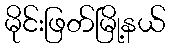
မိုင်းဖြတ်မြို့နယ်